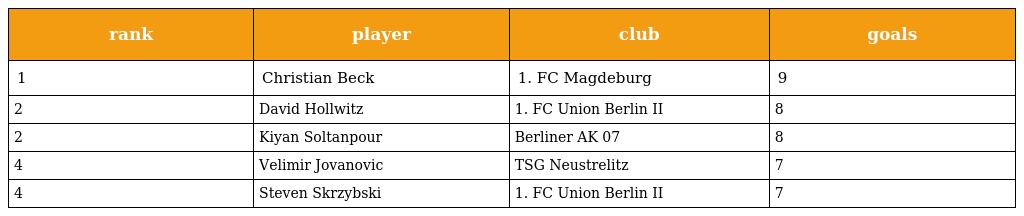
| rank | player | club | goals |
 | --- | --- | --- | --- |
 | 1 | Christian Beck | 1. FC Magdeburg | 9 |
 | 2 | David Hollwitz | 1. FC Union Berlin II | 8 |
 | 2 | Kiyan Soltanpour | Berliner AK 07 | 8 |
 | 4 | Velimir Jovanovic | TSG Neustrelitz | 7 |
 | 4 | Steven Skrzybski | 1. FC Union Berlin II | 7 |